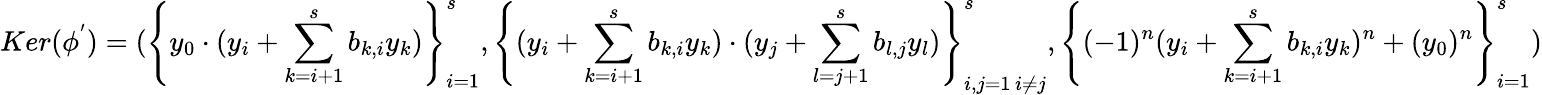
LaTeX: Ker(\phi^{'})=(\left\{ y_{0}\cdot(y_{i}+\sum_{k=i+1}^{s}b_{k,i}y_{k})\right\} _{i=1}^{s},\left\{ (y_{i}+\sum_{k=i+1}^{s}b_{k,i}y_{k})\cdot(y_{j}+\sum_{l=j+1}^{s}b_{l,j}y_{l})\right\} _{\substack{i,j=1\, i\neq j}}^{s},\left\{ (-1)^{n}(y_{i}+\sum_{k=i+1}^{s}b_{k,i}y_{k})^{n}+(y_{0})^{n}\right\} _{i=1}^{s})